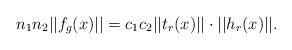
LaTeX: \begin{align*}n_1 n_2 ||f_g(x)||=c_1 c_2 ||t_r(x)||\cdot ||h_r(x)||.\end{align*}